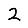
Digit: 2